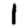
Digit: 1